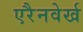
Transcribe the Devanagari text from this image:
एरैनवेर्ख